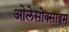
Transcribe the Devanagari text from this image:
ओलेसोक्साइम